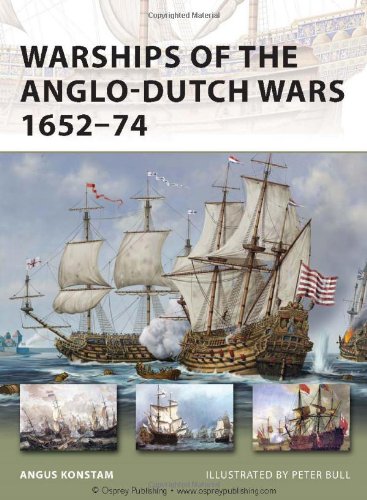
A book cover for Warships of the Anglo-Dutch Wars 1652-74 (New Vanguard); Angus Konstam; History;